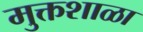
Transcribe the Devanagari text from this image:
मुक्तशाळा